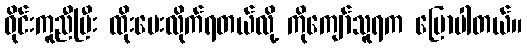
ဝိုင်းကူညီပြီး ထိုးပေးလိုက်ရတယ်လို့ ကိုကျော်သူရက ပြောပါတယ်။